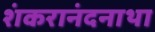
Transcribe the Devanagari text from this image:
शंकरानंदनाथा